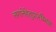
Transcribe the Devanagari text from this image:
लगानेहेतुप्रारम्भिक